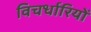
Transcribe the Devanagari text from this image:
विचर्धारियों